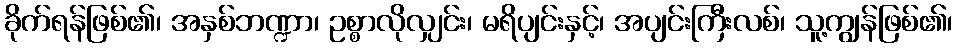
ခိုက်ရန်ဖြစ်၏၊ အနှစ်ဘဏ္ဍာ၊ ဥစ္စာလိုလျှင်း၊ မရိပျင်းနှင့်၊ အပျင်းကြီးလစ်၊ သူ့ကျွန်ဖြစ်၏၊